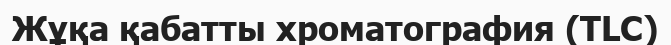
Жұқа қабатты хроматография (TLC)